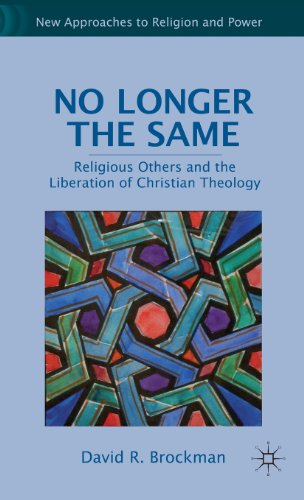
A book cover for No Longer the Same: Religious Others and the Liberation of Christian Theology (New Approaches to Religion and Power); David R. Brockman; Christian Books & Bibles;